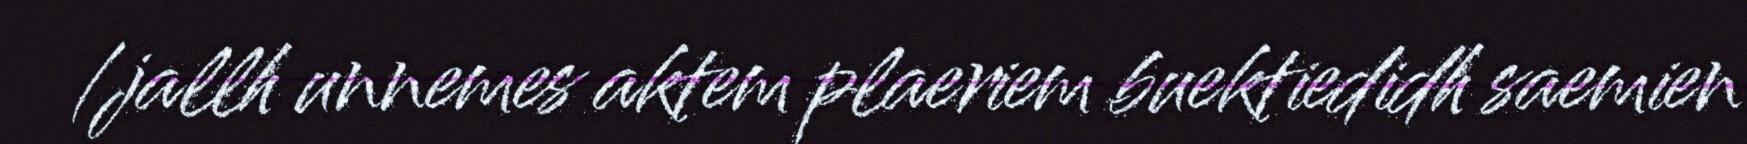
/jallh unnemes aktem plaeriem buektiedidh saemien